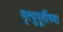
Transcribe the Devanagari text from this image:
मृत्युपूर्वीच्या